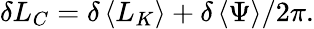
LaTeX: \delta L_{C}=\delta\left\langle L_{K}\right\rangle+\delta\left\langle\Psi\right\rangle/2\pi.